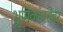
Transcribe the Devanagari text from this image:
भूमिकांबरोबर